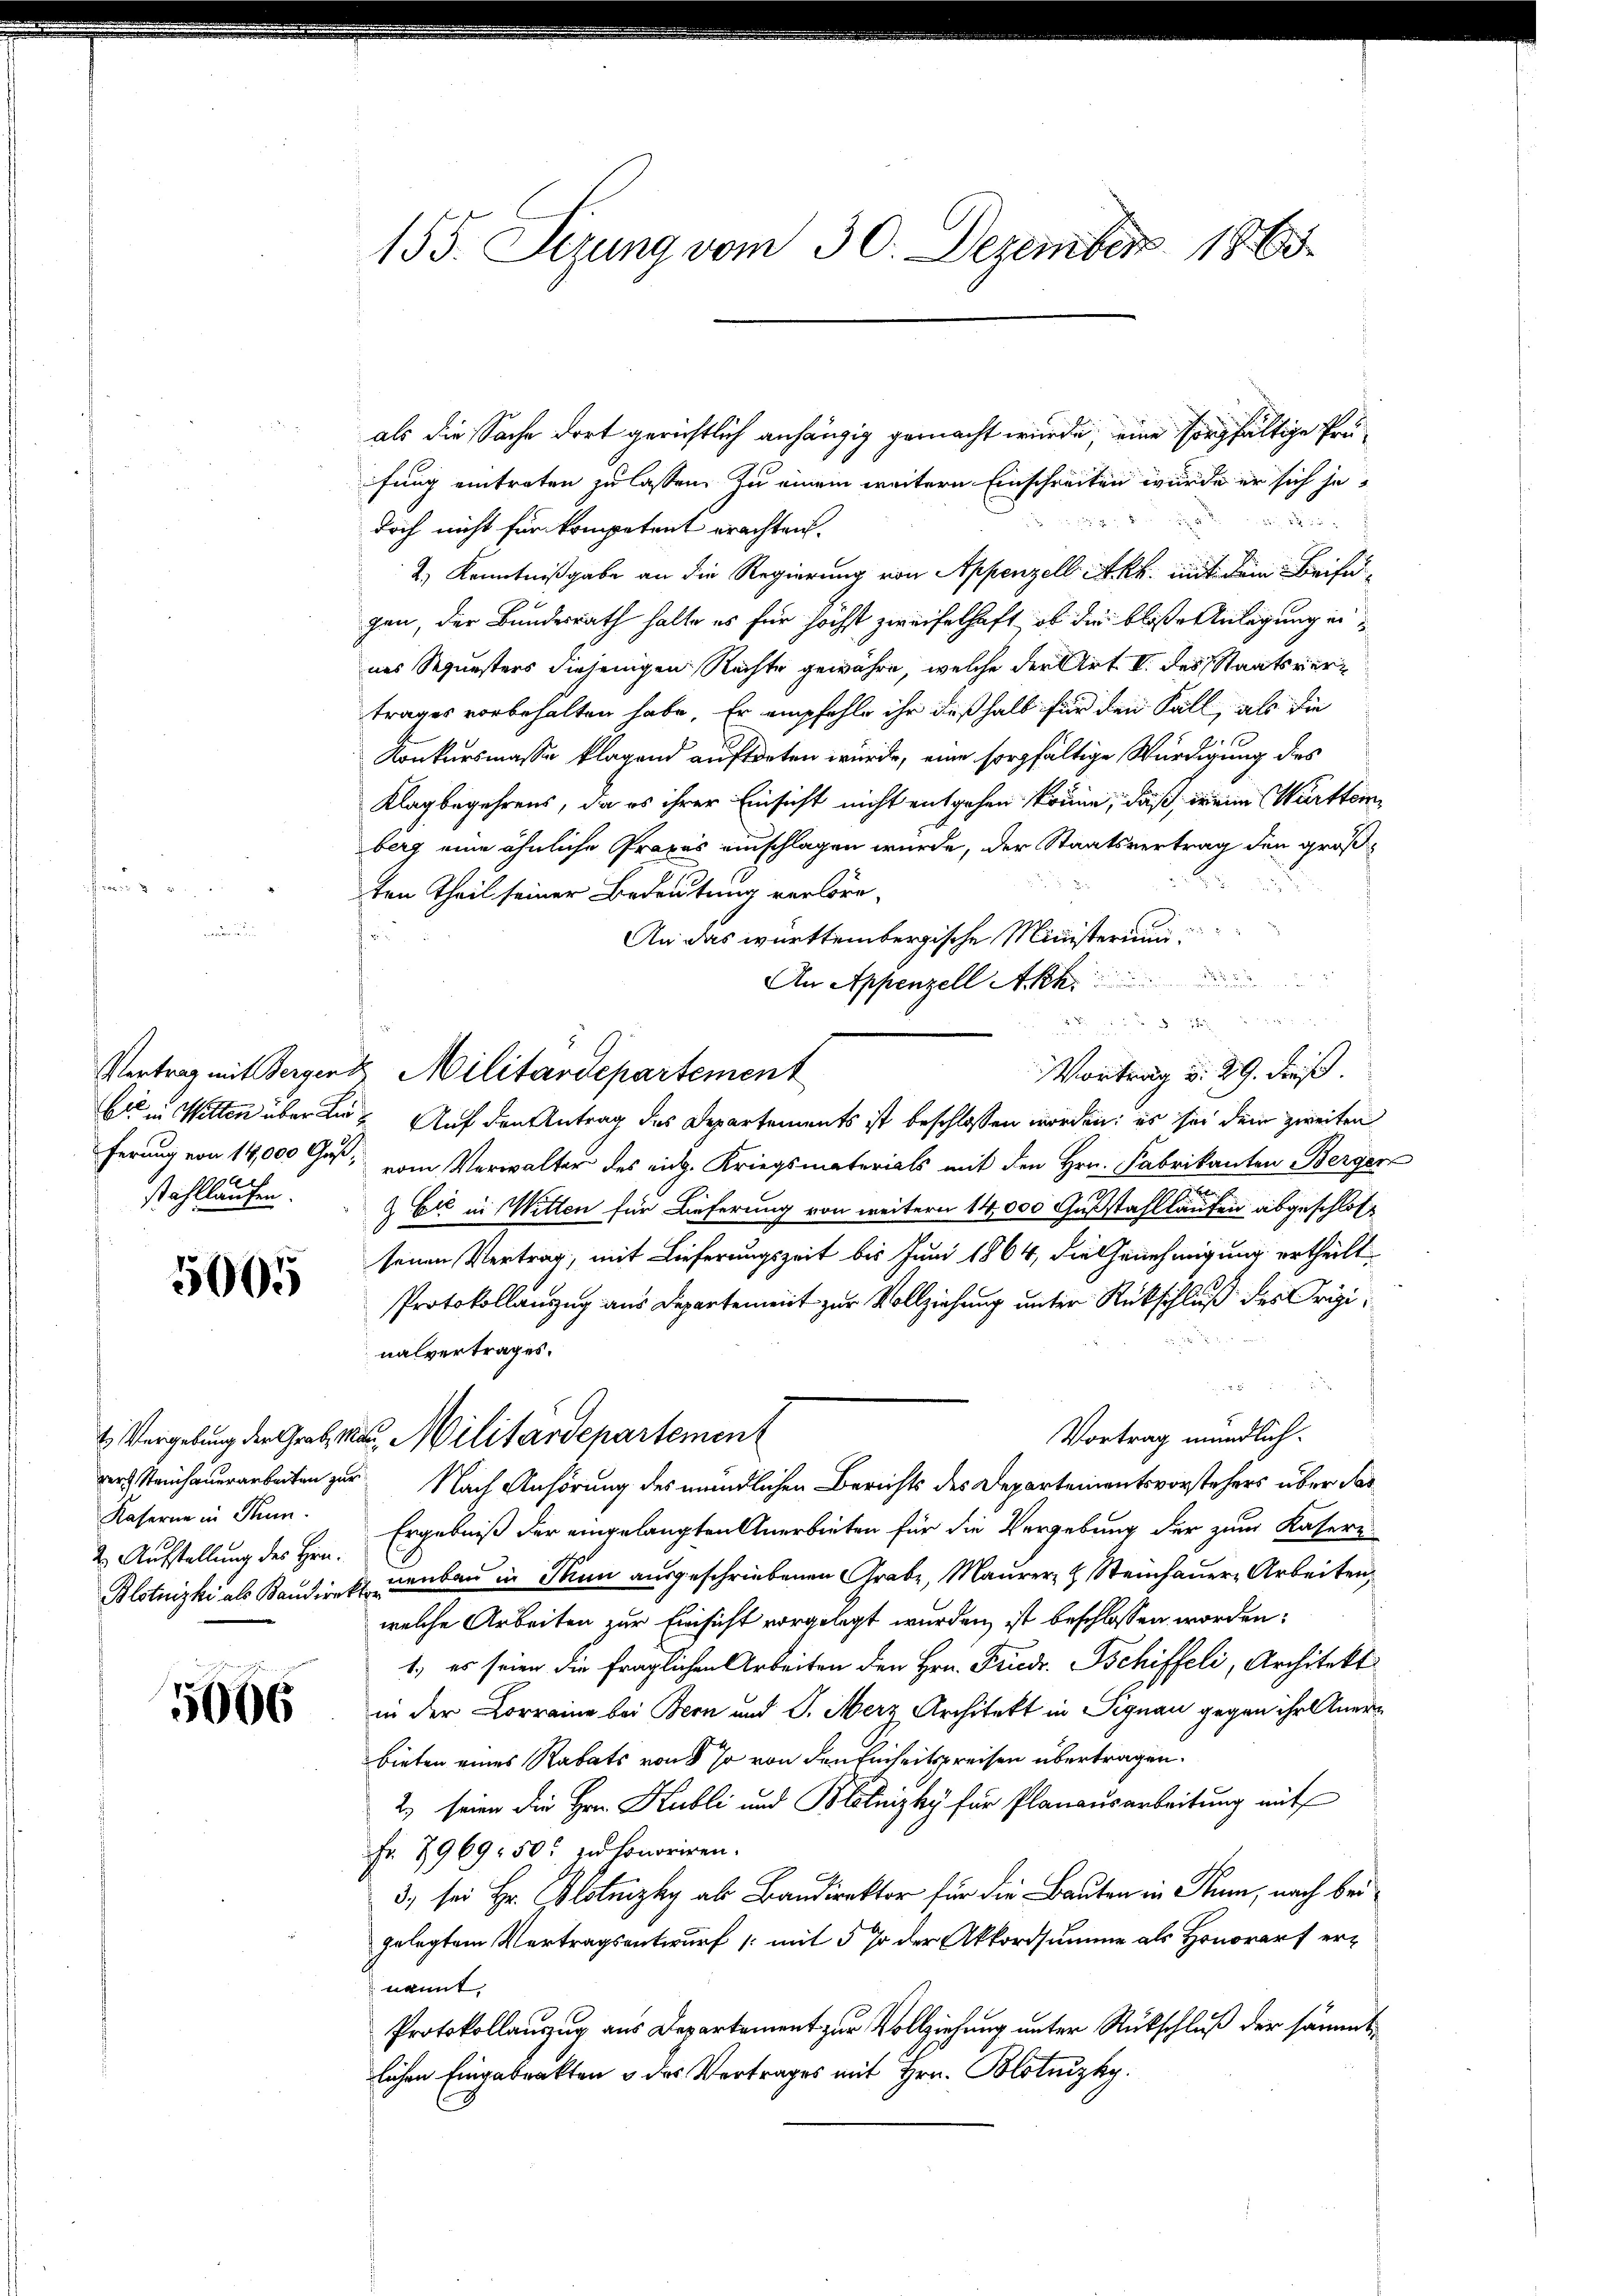
stahllaufen.

5005

als die Sache dort gerichtlich anhängig gemacht wurde, eine sorgfältige Prüfung eintreten zu lassen. Zu einem weitern Einschreiten würde er sich je¬
 xx

doch nicht für kompetent erachten.
2.) Kenntnißgabe an die Regierung von Appenzell Akt. mit dem Beifügen, der Bundesrath halte es für höchst zweifelhaft, ob die bloße Anlegung eines Sequesters diejenigen Rechte gewähre, welche der Art. I. des Staatsvertrages vorbehalten habe. Er empfehle ihr deßhalb für den Fall, als die
Konkursmasse klagend auftreten wurde, eine sorgfältige Würdigung dies
Klagbegehrens, da es ihrer Einsicht nicht entgehen könne, daß, wein Württem
berg eine ähnliche Propas einschlagen würde, der Staatsvertrag den großten Theil seiner Bedeutung verlöre,
An das württembergische Ministerium
An Appenzell Akk

Vertrag mit Bergert Militärdepartement
Vortrag u. 29. dieß.
E in Witten über die Auf den Antrag des Departements ist beschlossen worden; es sei dem zweiten
ferung von 14,000 Gas, vom Verwalter des eidg. Kriegsmaterials mit den Hrn. Fabrikanton Berger
x
& Cie in Witten für Lieferung von weitern 14,000 Gußstahl kaufen abgeschlos
seinen Vertrag, mit Lieferungszeit bis Juni 1864, die Genehmigung ertheilt
Protokollanzug aus Departement zur Vollziehung unter Rückschluß des Originalvertrages.
Vortrag mündlich.
4 Vergebung der Grab, man, Militärdepartement
rer Steinhauerarbeiten zur Nach Anhörung des mündlichen Berichts des Departementsvorstehers über das
Ergebniß der eingelangten Anerbieten für die Vergebung der zum Kasere
Blotnizki als Kandirektenbau in Thun ausgeschriebenen Grabe, Maurer & Steinhauern Arbeiten,
welche Arbeiten zur Einsicht vorgelegt wurden ist beschlossen worden:
1.) es seien die fraglichen Arbeiten den Hrn. Friedr. Tschiffeli, Architekt
in der Correine bei Bern und J. Merz Architekt in Signau gegen ihr Anerbieten eines Rabats von so von den Einheitspreisen übertragen.
2.) seien die Hrn. Kubli und Blotnizky für Planausarbeitung mit
Fr. 7969: 50. zu honoriren.
3. sei Hr. Blotnizky als Bandirektor für die Bauten in Stum, nach bei
gelegtem Vertragsentwurf /: mit 5 % der Akkordsumme als Honorarf er-
nannt.
Protokollauszug aus Departement zur Vollziehung unter Rückschluß der sämmtlichen Eingabrakten & des Vertrages mit Hrn. Blotnizky.

Kaserne in Thun.
2. Aufstellung des Hrn.

5066

155. Sezung vom 30. Dezember 1865.